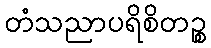
တံသညာပရိစိတဉ္စ